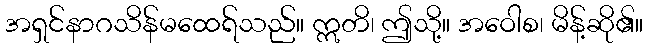
အရှင်နာဂသိန်မထေရ်သည်။ ဣတိ၊ ဤသို့။ အဝေါစ၊ မိန့်ဆို၏။